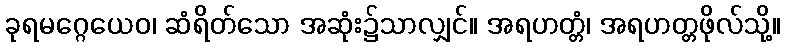
ခုရမဂ္ဂေယေဝ၊ ဆံရိတ်သော အဆုံး၌သာလျှင်။ အရဟတ္တံ၊ အရဟတ္တဖိုလ်သို့။